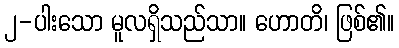
၂-ပါးသော မူလရှိသည်သာ။ ဟောတိ၊ ဖြစ်၏။